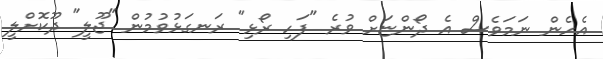
އެހެން ނަމަވެސް އެ ދޯންޏަށް ވުރެ "ފަހި ރޯޅި" ރަނގަޅުވުމުން "ޖޫލީ" ދޫކޮށްލީ